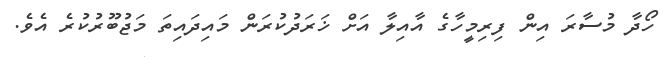
ހޯދާ މުސާރަ އިން ފިރިމީހާގެ އާއިލާ އަށް ޚަރަދުކުރަން މައިދައިތަ މަޖުބޫރުކުރެ އެވެ.